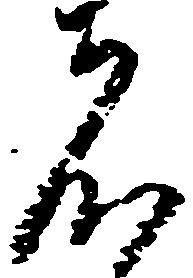
者